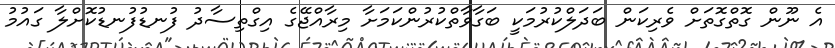
އެ ނޫން ގޮތްގޮތަށް ވެރިކަން ބަދަލްކުރުމަކީ ބަގާވާތްކުރުންކަމަށާ މިރާއްޖޭގެ އިގްތިސާދު ފުނޑުފުނޑުކޮށްލާ ގައުމު